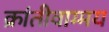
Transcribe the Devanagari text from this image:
क्रांतीवाग्मय